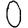
Digit: 0